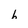
Character: 6